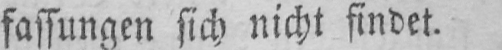
fassungen sich nicht findet.